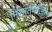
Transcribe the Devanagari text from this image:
निशातमंजिल